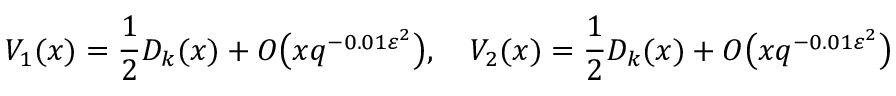
V _ { 1 } ( x ) = { \frac { 1 } { 2 } } D _ { k } ( x ) + O { \bigl ( } x q ^ { - 0 . 0 1 \varepsilon ^ { 2 } } { \bigr ) } , \quad V _ { 2 } ( x ) = { \frac { 1 } { 2 } } D _ { k } ( x ) + O { \bigl ( } x q ^ { - 0 . 0 1 \varepsilon ^ { 2 } } { \bigr ) }